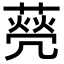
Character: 𦺺